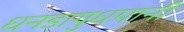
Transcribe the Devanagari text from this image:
धनडायुधपानी